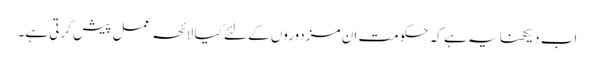
اب دیکھنا یہ ہے کہ حکومت ان مزدوروں کے لئے کیا لائحہ عمل پیش کرتی ہے۔